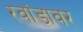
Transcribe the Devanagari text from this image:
रवांडावर